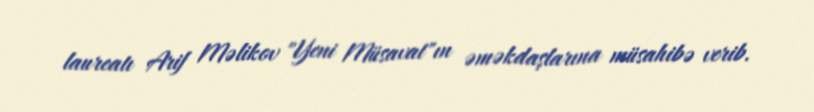
laureatı Arif Məlikov "Yeni Müsavat"ın əməkdaşlarına müsahibə verib.